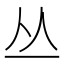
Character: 丛